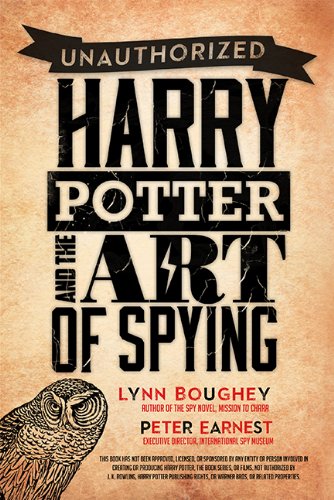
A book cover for Harry Potter and the Art of Spying; Lynn M. Boughey; Humor & Entertainment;